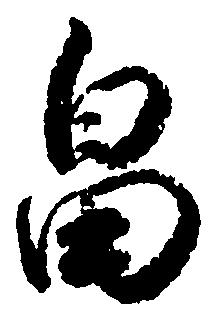
畠